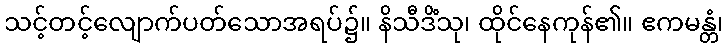
သင့်တင့်လျောက်ပတ်သောအရပ်၌။ နိသီဒိံသု၊ ထိုင်နေကုန်၏။ ဧကမန္တံ၊